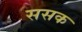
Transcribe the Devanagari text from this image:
ससक